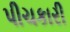
પીચકારી